Trukikaitis_Postimees, lk 238
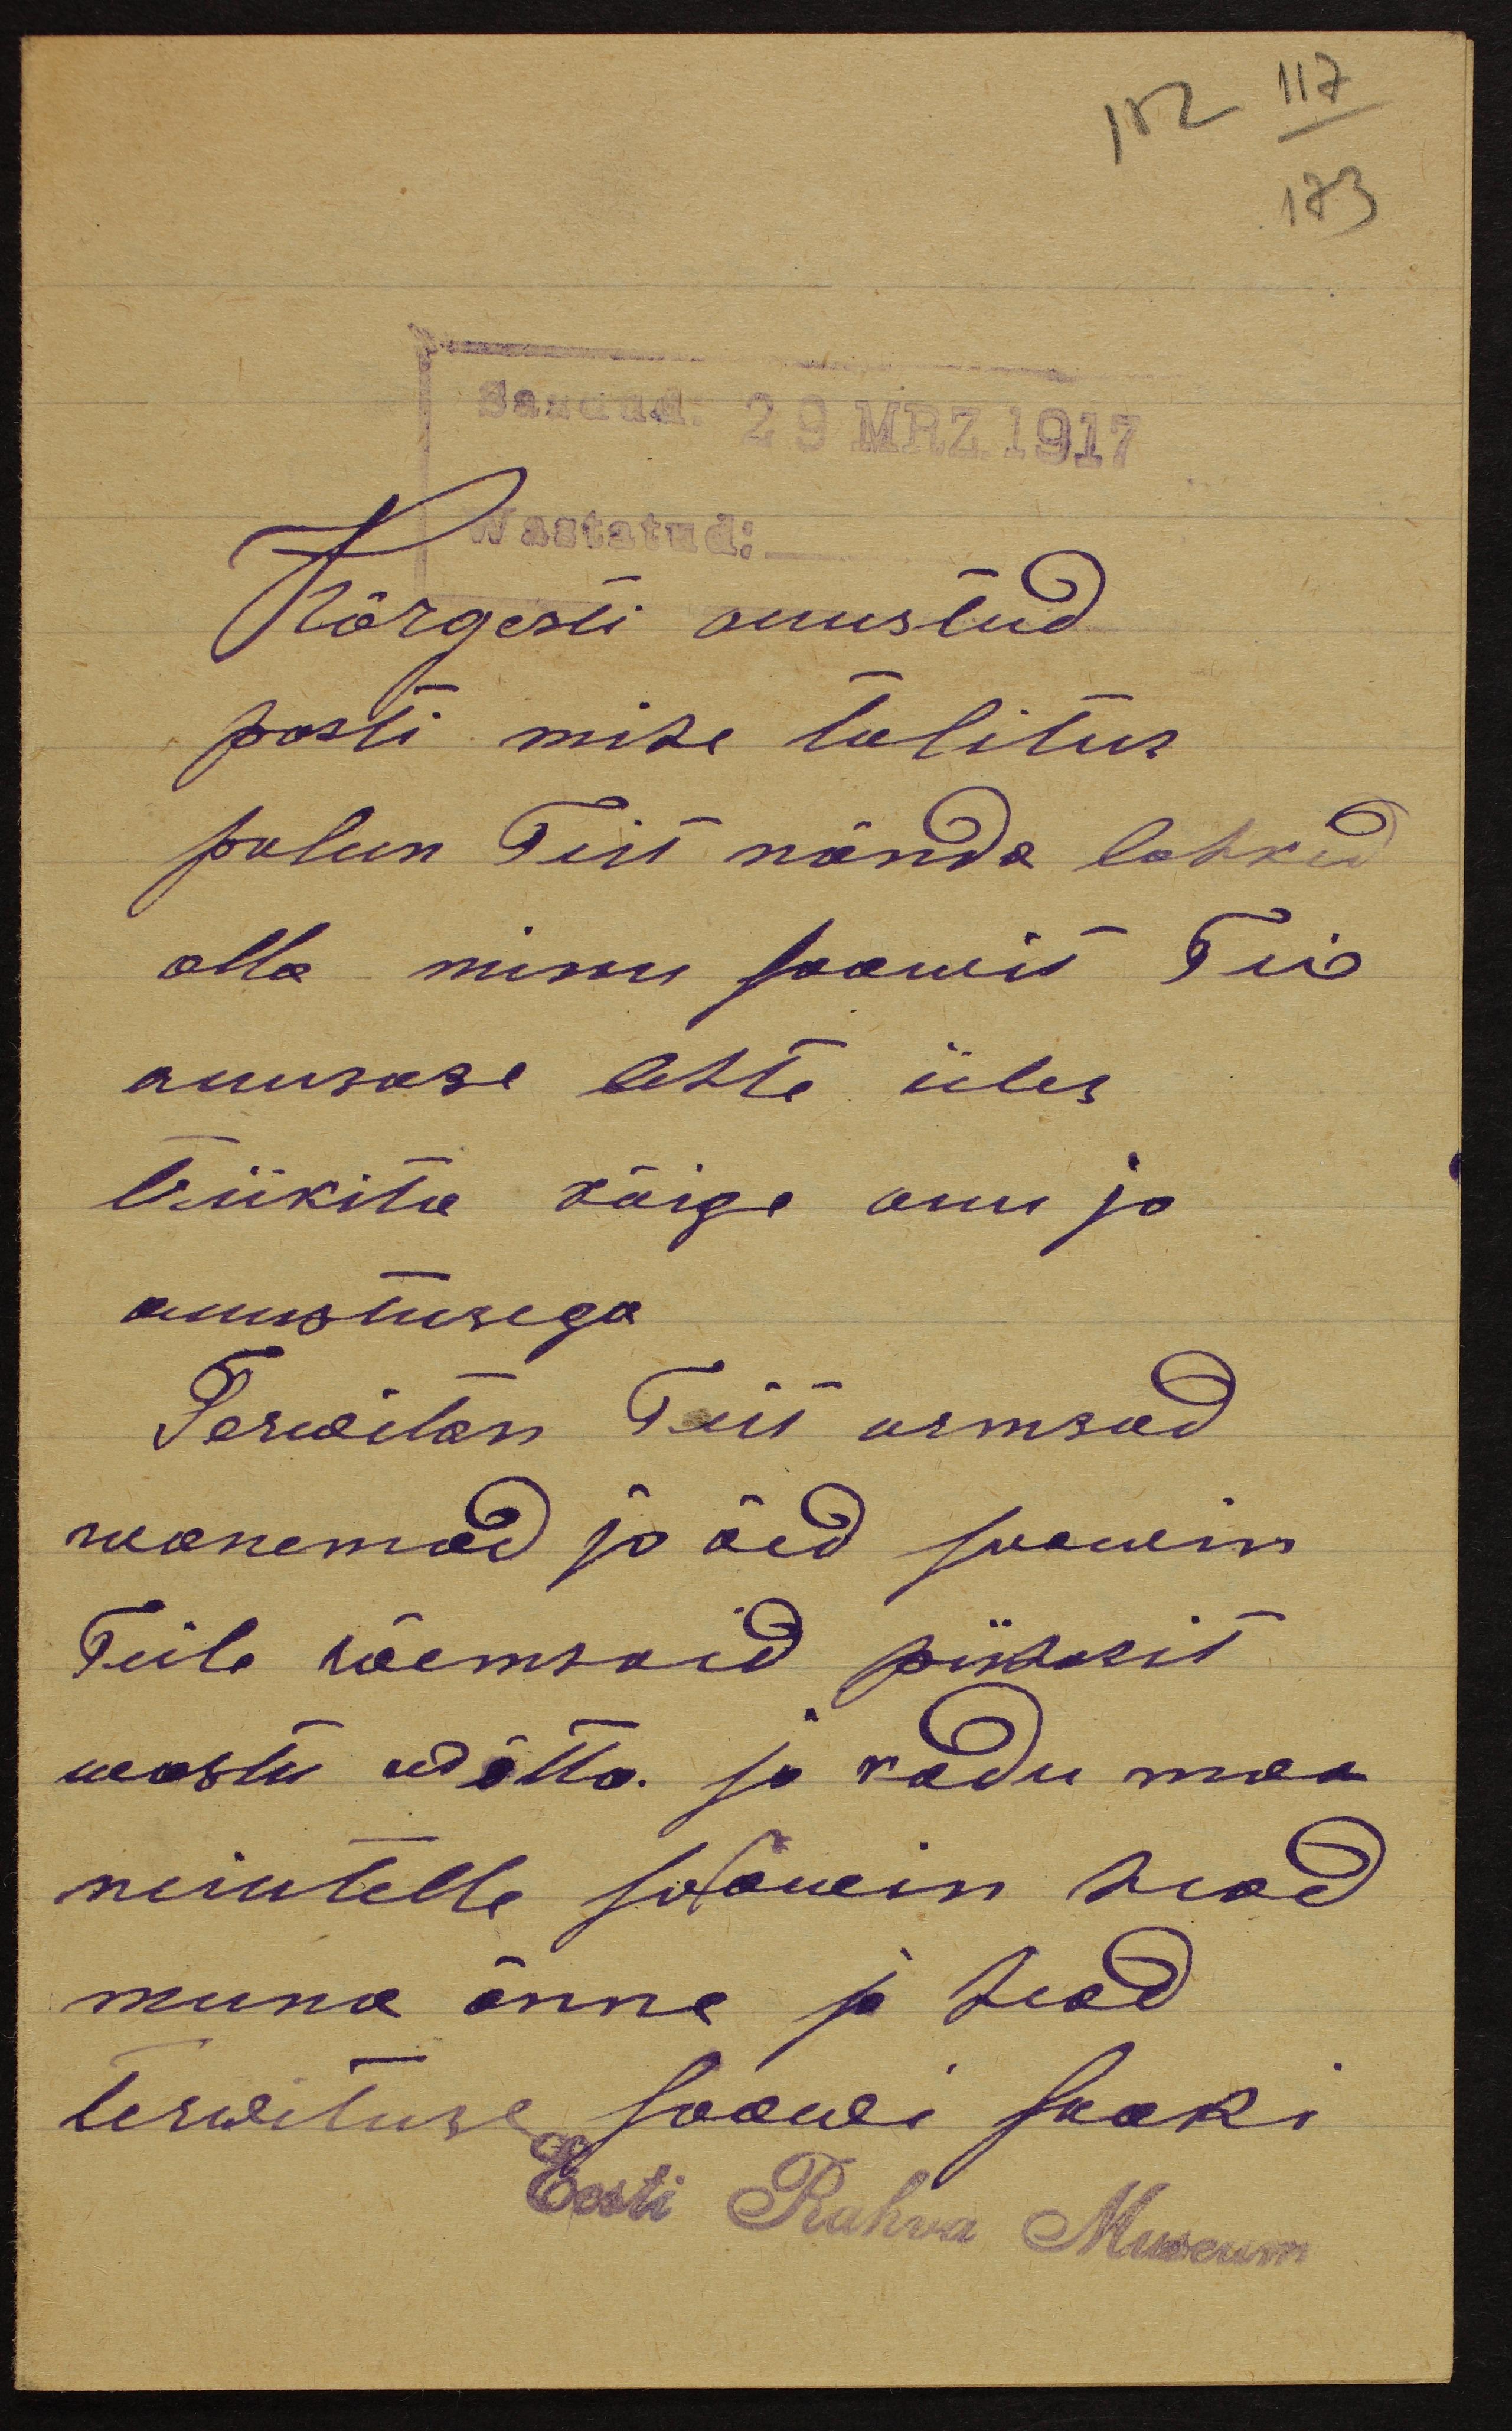
112 117
173
Saadud: 29 MRZ.1917
Kõrgesti auustud
posti mise talitus
palun Teie nõnda lahked
olla minu soowis Teid
auusase lehte üles
trükita kõige auu jo
auustusega
Tervitan Teit armsad
wanemad ja õed soowin
Teile rõemsaid pühasit
wastu wõtta ja kodu maa
neiutelle soowin head
muna õnne ja head
terwituse soowi saaki
Eesti Rahva Museum